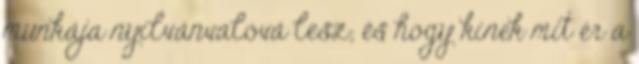
munkája nyilvánvalóvá lesz; és hogy kinek mit ér a